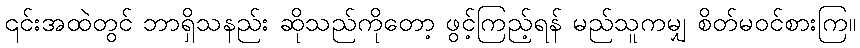
၎င်းအထဲတွင် ဘာရှိသနည်း ဆိုသည်ကိုတော့ ဖွင့်ကြည့်ရန် မည်သူကမျှ စိတ်မဝင်စားကြ။